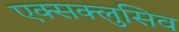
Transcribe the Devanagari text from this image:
एक्सक्लुसिव